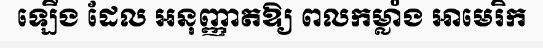
ឡើង ដែល អនុញ្ញាតឱ្យ ពលកម្លាំង អាមេរិក